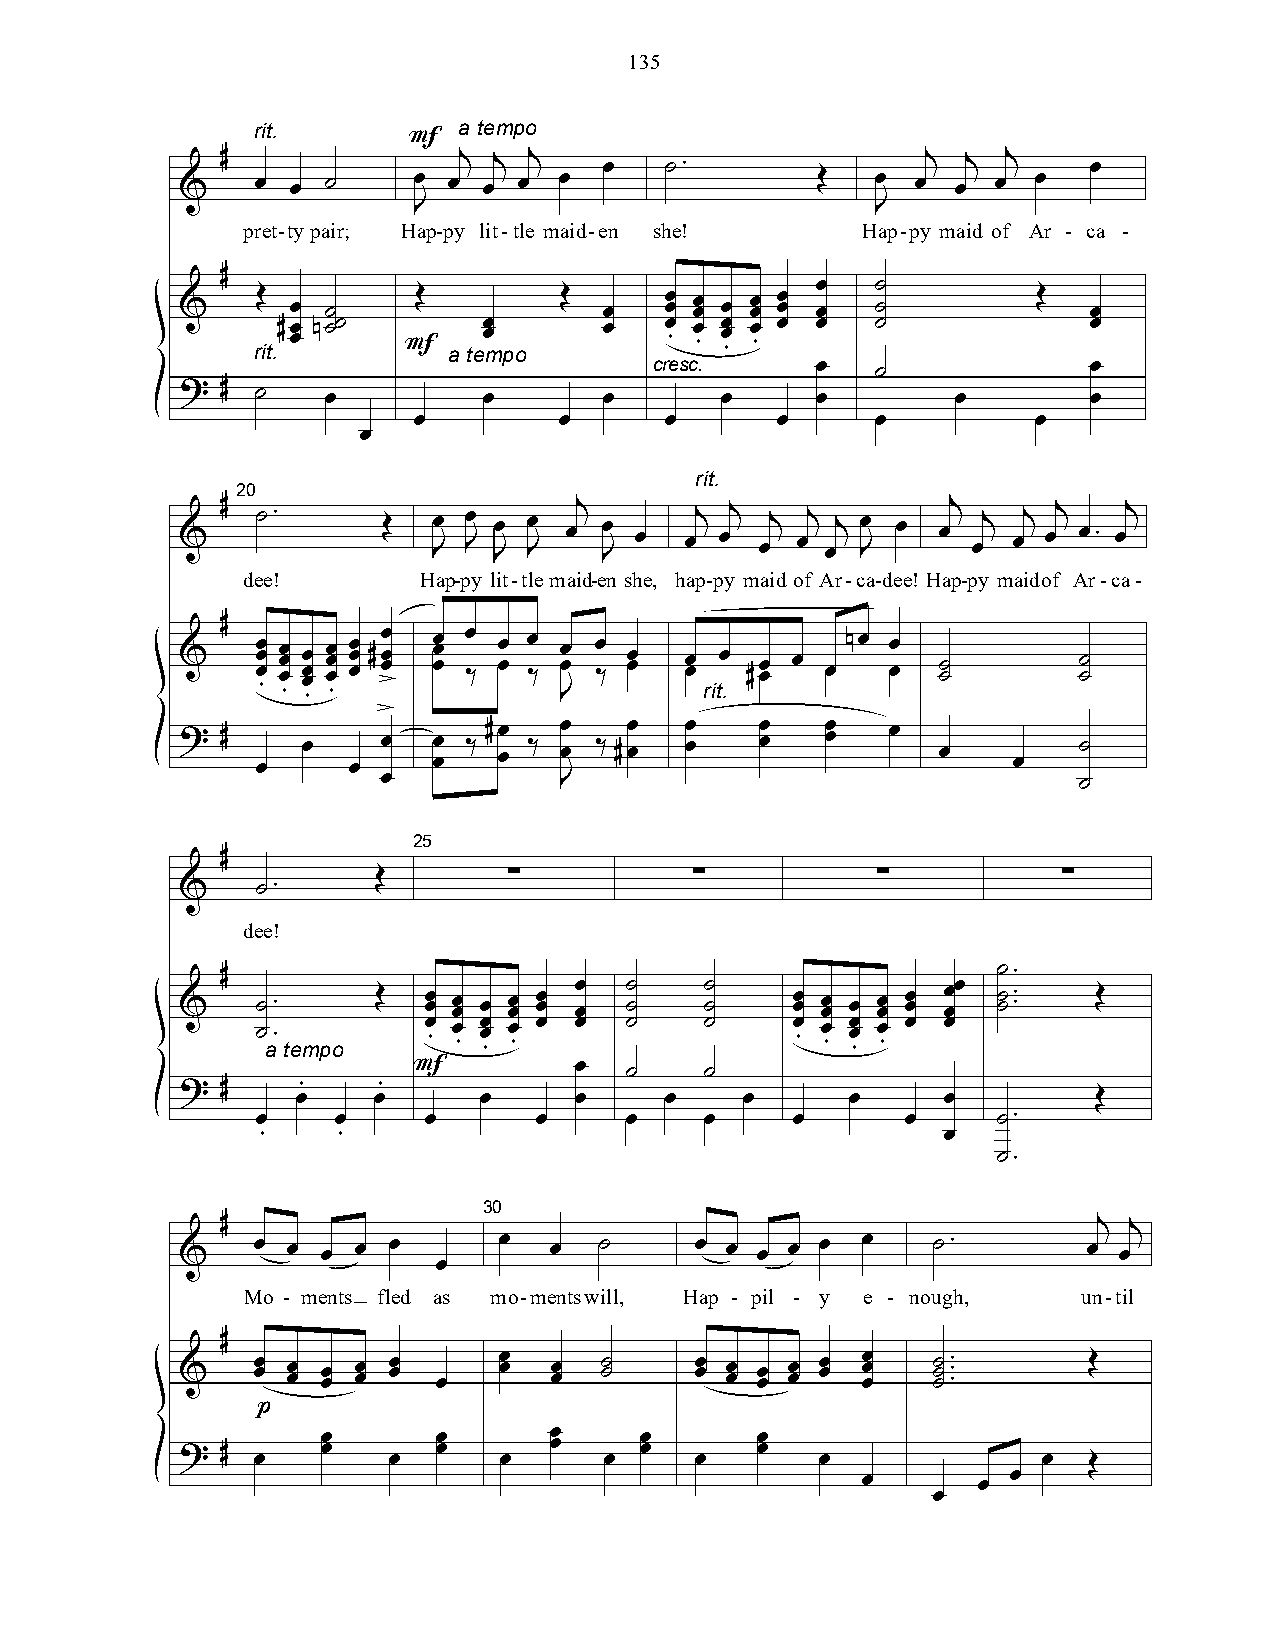
135
 rit.         a tempo
 F
 #              j  j j    Ï   ú.               j  j  j    Ï
 &    Ï Ï  ú    Ï  Ï Ï Ï  Ï                Î   Ï  Ï Ï  Ï  Ï
 J                              J
 pret-ty pair; Hap-py lit-tle maid-en she! Hap-py maid of Ar - ca -
 #
 Ï   ú
 &    Î Ï  ú    Î         Î  Ï   Ï Ï Ï Ï Ï Ï Ï Ï Ï Ï ú    Î  Ï
 rit.#Ï Ï núú F a teÏ Ï mpo Ï crÏ e.. scÏ .
 .
 Ï Ï . Ï . Ï Ï ú         Ï
 Ï   ú             Ï
 ?  # ú    Ï         Ï       Ï       Ï     Ï        Ï        Ï
 Ï         Ï      Ï      Ï      Ï          Ï
 Ï
 rit.
 20
 &  # ú.      Î   JÏ JÏ JÏ JÏ Ïj JÏ Ï Ïj Ïj Ïj Ïj Ïj JÏ Ï Ïj Ïj Ïj Ïj Ï. Ïj
 dee!        Hap-py lit-tlemaid-en she, hap-py maid of Ar-ca-dee! Hap-py maidof Ar-ca-
 #
 &    Ï Ï Ï .. Ï Ï Ï . Ï Ï Ï . Ï Ï Ï . Ï Ï Ï # >Ï Ï Ï Ï Ï Ï Ï ä Ï Ï Ï ä Ï JÏ Ï ä Ï Ï Ï Ï ritÏ . #Ï Ï Ï ÏÏ nÏ Ï Ï ú ú ú ú
 >
 ?  # Ï  Ï  Ï Ï   Ï Ï ä #Ï Ï ä Ï Ï ä #Ï Ï Ï Ï Ï Ï Ï Ï Ï Ï Ï ú
 Ï           J                                 ú
 25
 #
 Î        ·           ·           ·           ·
 &    ú.
 dee!
 #                                                  ú.
 &    ú.      Î  Ï Ï Ï Ï Ï Ï Ï Ï Ï Ï Ï ú ú ú ú Ï Ï Ï Ï Ï Ï Ï Ï Ï Ï ÏÏ ú ú. . Î
 ú a. tempo Ï .. Ï . Ï Ï . Ï . Ï Ï ú ú Ï .. Ï . Ï Ï . Ï . Ï Ï
 F          Ï  ú     ú
 ?  #    .    .
 Ï    Ï      Ï     Ï     Ï    Ï      Ï     Ï         Î
 Ï    Ï     Ï      Ï     Ï     Ï     Ï      Ï     ú.
 .    .                                       Ï
 ú.
 30
 #                                                         j j
 &    Ï Ï Ï  Ï Ï      Ï  Ï   ú     Ï Ï Ï Ï Ï  Ï    ú.        Ï Ï
 Ï
 Mo - ments fled as mo-mentswill, Hap - pil - y e - nough, un-til
 #
 &    Ï Ï Ï Ï Ï Ï Ï Ï Ï Ï Ï Ï Ï Ï Ï ú ú Ï Ï Ï Ï Ï Ï Ï Ï Ï Ï Ï Ï Ï ú ú ú. . . Î
 p
 ?  # Ï   Ï Ï  Ï  Ï Ï Ï  Ï Ï Ï Ï Ï Ï   Ï Ï Ï              Ï  Î
 Ï       Ï Ï
 Ï